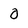
Character: 0